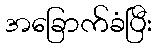
အခြောက်ခံပြီး